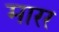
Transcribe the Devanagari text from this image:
मारर